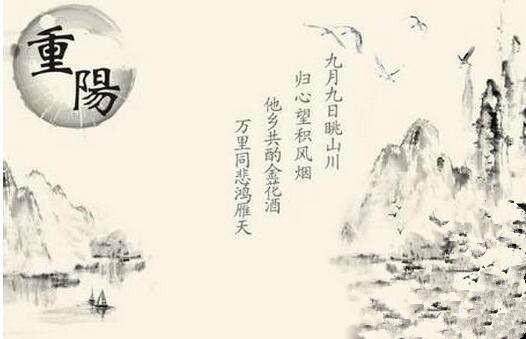
一节见则百节知矣。